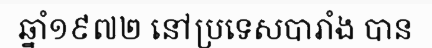
ឆ្នាំ១៩៧២ នៅប្រទេសបារាំង បាន